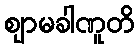
ဈာမခါဏူတိ